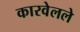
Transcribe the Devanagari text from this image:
कारवेलले